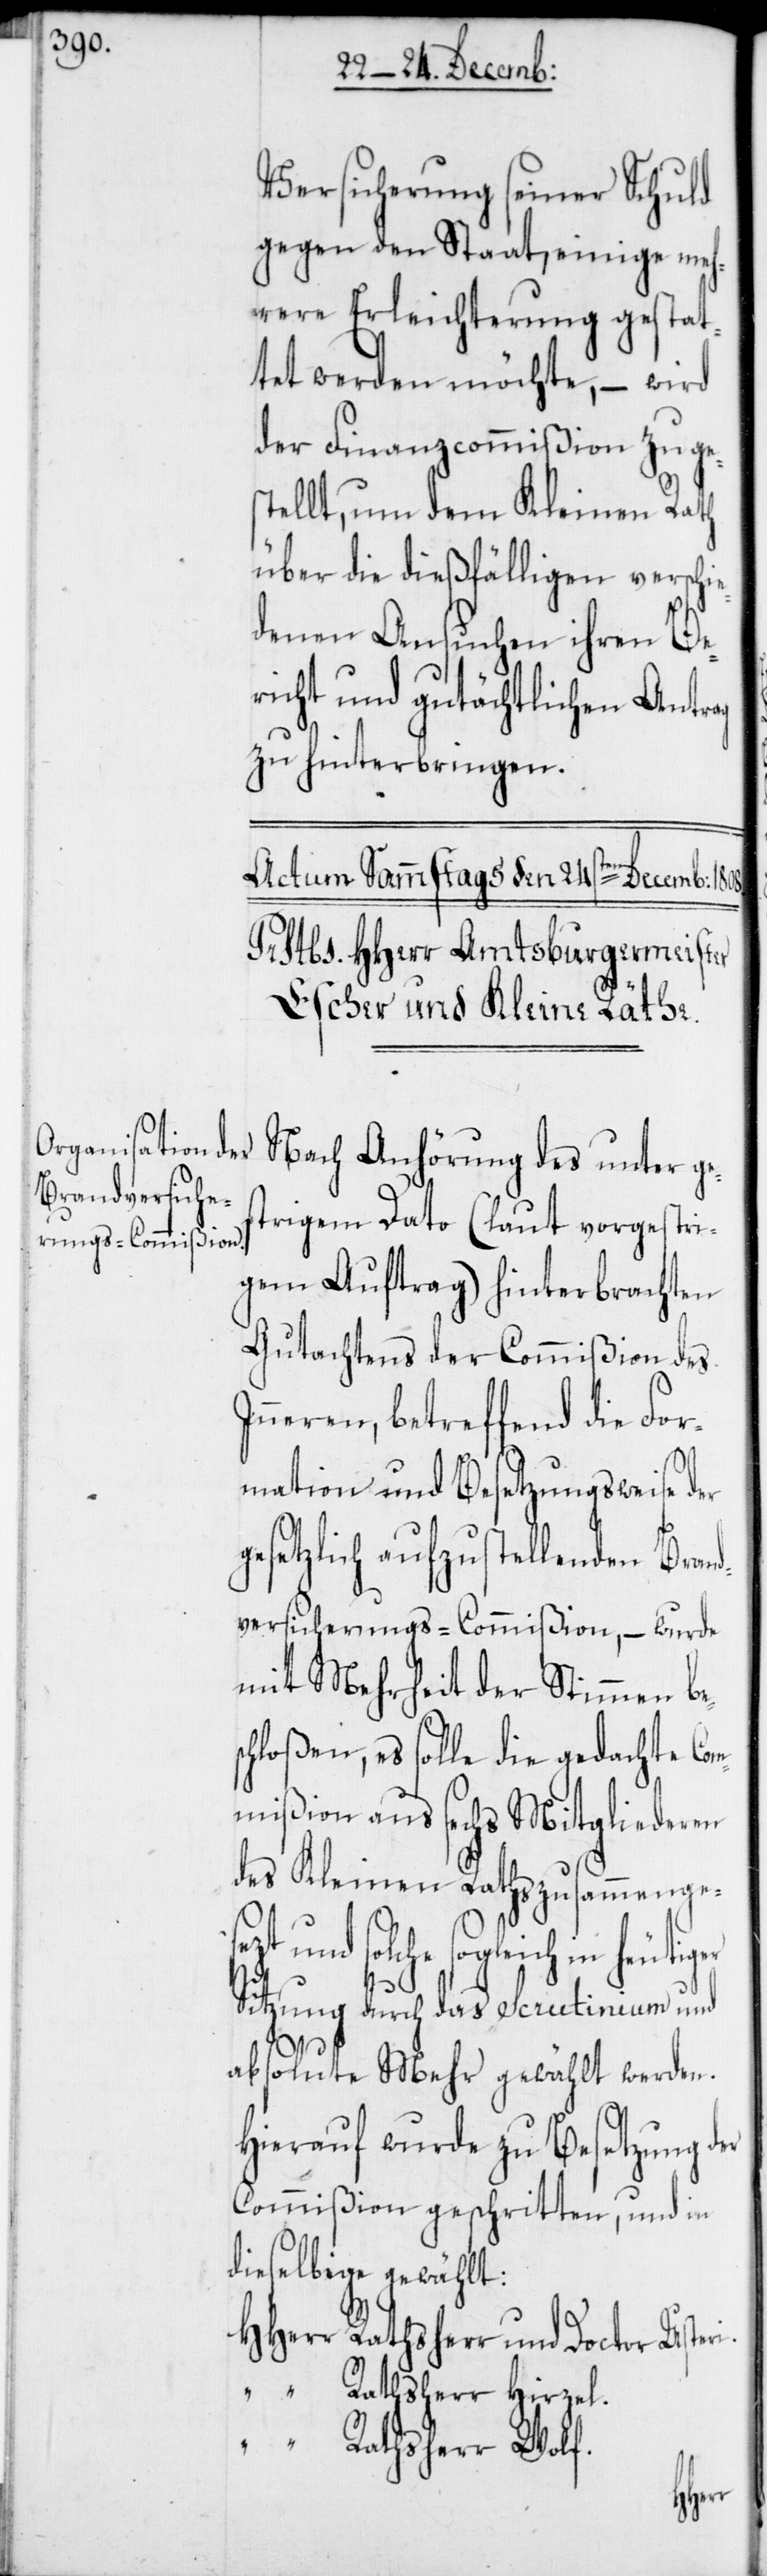
Versicherung seiner Schuld
gegen den Staat, einige meh¬
rere Erleichterung gestat¬
tet werden möchte, – wird
der Finanzcommißion zuges¬
tellt, um dem Kleinen Rath
über die dießfälligen verschi¬
edenen Ansuchen ihren Be¬
richt und gutächtlichen Antrag
zu hinterbringen.
Nach Anhörung des unter ge¬
strigem Dato (laut vorgestri¬
gem Auftrag) hinterbrachten
Gutachtens der Commißion des
neren, betreffend die For¬
mation und Besetzungsweise der
gesetzlich aufzustellenden Bran¬
dversicherungs-Commißion, – wurde
mit Mehrheit der Stimmen bes¬
chloßen, es solle die gedachte Co¬
mmißion aus sechs Mitgliederen
des Kleinen Raths zusammenges¬
ezt und solche sogleich in
Sitzung durch das Scrutinium und
absolute Mehr gewählt werden.
Hierauf wurde zu Besetzung der
Commißion geschritten, und in
dieselbige gewählt:
HHerr Rathsherr und Doctor Uster¬
“ Rathsherr Hirzel.
“ Rathsherr Wolf.
i.